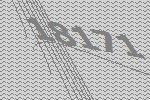
18171